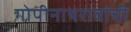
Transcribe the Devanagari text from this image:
गोपीनाथरावांची